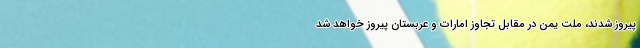
پیروز شدند، ملت یمن در مقابل تجاوز امارات و عربستان پیروز خواهد شد